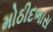
મોઠીદભાસ